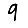
Digit: 9